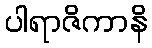
ပါရာဇိကာနိ